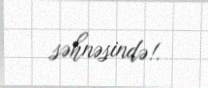
səhnəsində!.